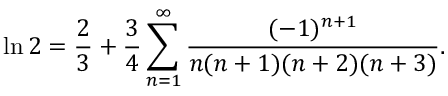
\ln 2 = { \frac { 2 } { 3 } } + { \frac { 3 } { 4 } } \sum _ { n = 1 } ^ { \infty } { \frac { ( - 1 ) ^ { n + 1 } } { n ( n + 1 ) ( n + 2 ) ( n + 3 ) } } .